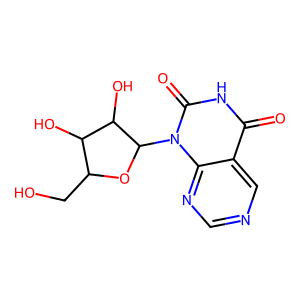
SMILES: O=c1[nH]c(=O)n(C2OC(CO)C(O)C2O)c2ncncc12
Inhibits HIV replication: No